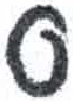
אות: ס